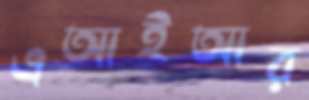
এআইআর